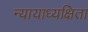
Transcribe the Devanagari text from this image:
न्यायाध्यक्षिता